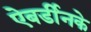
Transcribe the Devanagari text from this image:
ऐबर्डीनके